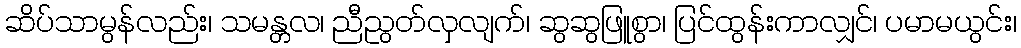
ဆိပ်သာမွန်လည်း၊ သမန္တလ၊ ညီညွတ်လှလျက်၊ ဆွဆွဖြူစွာ၊ ပြင်ထွန်းကာလျှင်၊ ပမာမယွင်း၊